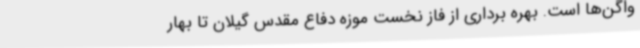
واگن‌ها است. بهره برداری از فاز نخست موزه دفاع مقدس گیلان تا بهار